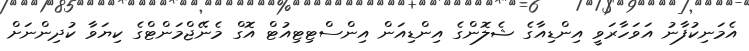
އެމަނިކުފާނު އަވަހާރަވީ އިންޑިއާގެ ޝެލޮންގެ އިންޑިއަން އިންސްޓިޓިއުޓް އޮގް މެނޭޖްމަންޓްގެ ކިޔަވާ ކުދިންނަށް